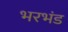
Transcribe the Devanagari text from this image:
भरभंड